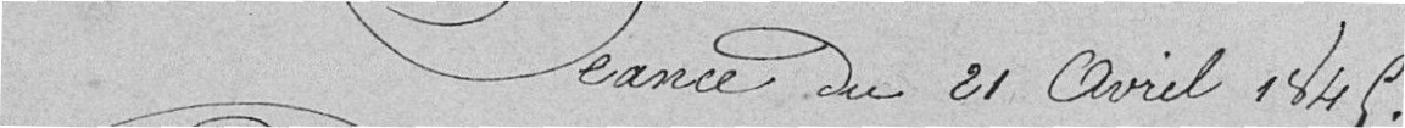
Séance du 21 avril 1848